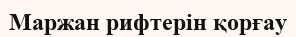
Маржан рифтерін қорғау